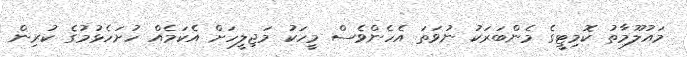
މައުލޫމާތު ކޮމިޓީގެ މެންބަރަކު ނުވަތަ އެހެންވެސް މީހަކު މަޖިލީހަށް އެކަމެއް ހުށަހެޅުމުގެ ކުރިން